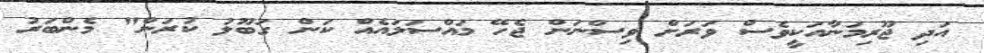
އަދި ޖޫރިމަނާއަކީވެސް ވަރަށް ވިސްނަން ޖެހޭ މައްސަލައެއް ކަން ގަބޫލު ކުރަން" މެންބަރު